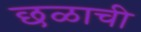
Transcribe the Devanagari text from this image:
छळाची